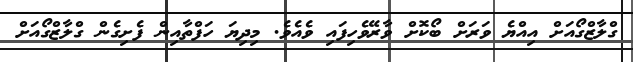
ގްލާޒްގޯއަށް އިއްޔެ ވަރަށް ބޯކޮށް ވާރޭވެހިފައި ވެއެވެ. މިދިޔަ ހަފްތާއިން ފެށިގެން ގްލާޒްގޯއަށް